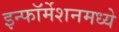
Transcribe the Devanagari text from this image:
इन्फॉर्मेशनमध्ये